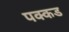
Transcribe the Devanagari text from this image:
पक्कड